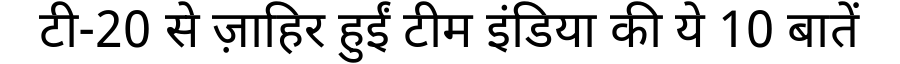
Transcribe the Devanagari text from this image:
टी-20 से ज़ाहिर हुईं टीम इंडिया की ये 10 बातें